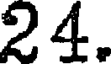
24.